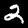
Label: 2